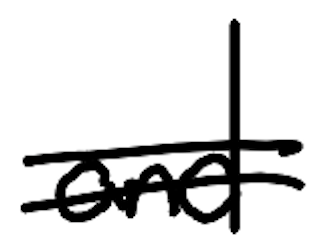
Text: and
Cross-out: double-line
Writing tool: digital_black